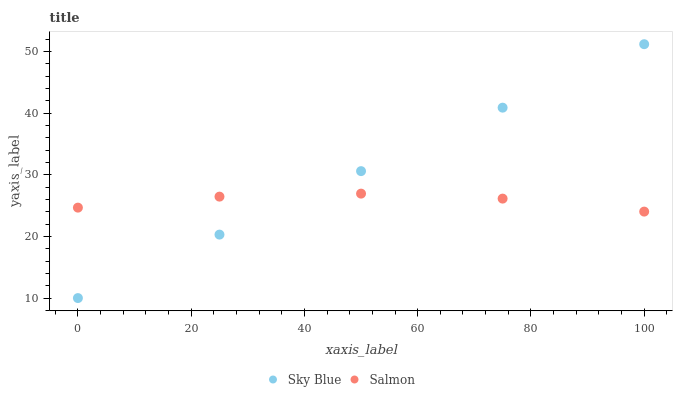
| xaxis_label | Sky Blue | Salmon |
 | --- | --- | --- |
 | 0 | 10 | 24.7 |
 | 25 | 20.3 | 26.5 |
 | 50 | 30.6 | 26.9 |
 | 75 | 40.9 | 26.1 |
 | 100 | 51.2 | 24 |